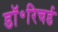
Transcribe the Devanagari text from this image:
डॉ॰रिचर्ड